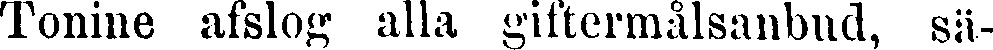
Tonine afslog alla giftermålsanbud, sä-